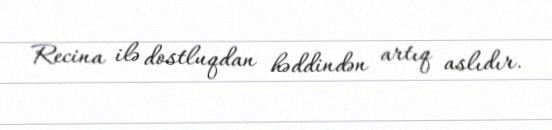
Recina ilə dostluqdan həddindən artıq aslıdır.